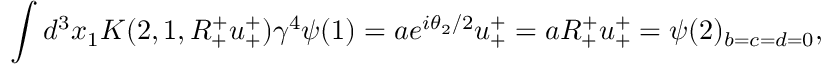
\int d ^ { 3 } x _ { 1 } K ( 2 , 1 , R _ { + } ^ { + } u _ { + } ^ { + } ) \gamma ^ { 4 } \psi ( 1 ) = a e ^ { i \theta _ { 2 } / 2 } u _ { + } ^ { + } = a R _ { + } ^ { + } u _ { + } ^ { + } = \psi ( 2 ) _ { b = c = d = 0 } ,